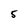
Character: 5